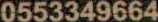
0553349664